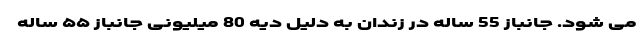
می شود. جانباز 55 ساله در زندان به دلیل دیه 80 میلیونی جانباز ۵۵ ساله